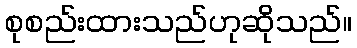
စုစည်းထားသည်ဟုဆိုသည်။